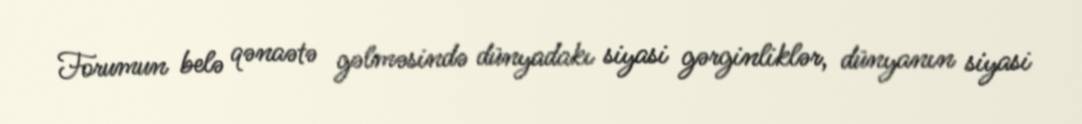
Forumun belə qənaətə gəlməsində dünyadakı siyasi gərginliklər, dünyanın siyasi